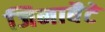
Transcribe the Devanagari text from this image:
जिनाबैटे